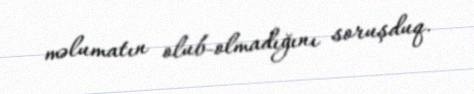
məlumatın olub-olmadığını soruşduq.